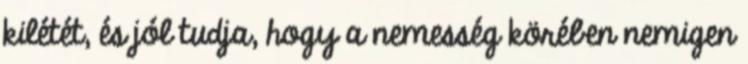
kilétét, és jól tudja, hogy a nemesség körében nemigen